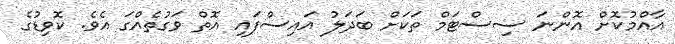
އާއްމުކޮށް އޮންނަ ސިސްޓަމް ތަކަށް ބަދަލު އައިސްފައި އޮތް ވަގުތެއްގަ އެވެ. ކޮވިޑުގެ